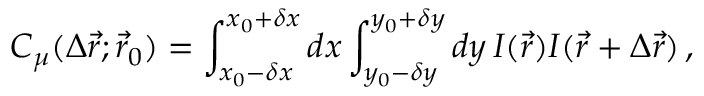
C _ { \mu } ( \Delta \vec { r } ; \vec { r } _ { 0 } ) = \int _ { x _ { 0 } - \delta x } ^ { x _ { 0 } + \delta x } d x \int _ { y _ { 0 } - \delta y } ^ { y _ { 0 } + \delta y } d y \, I ( \vec { r } ) I ( \vec { r } + \Delta \vec { r } ) \, ,